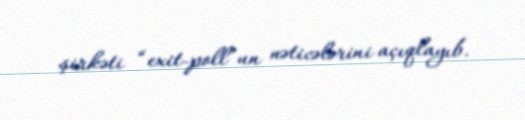
şirkəti “exit-poll”un nəticələrini açıqlayıb.